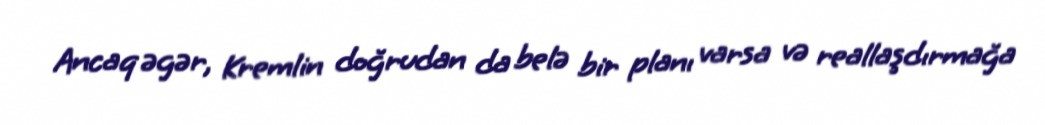
Ancaq əgər, Kremlin doğrudan da belə bir planı varsa və reallaşdırmağa